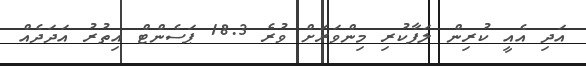
އަދި އެއީ ކުރިން ލަފާކުރި މިންވަރަށް ވުރެ 18.3 ޕަސެންޓް އިތުރު އަދަދެއް